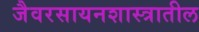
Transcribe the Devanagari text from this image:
जैवरसायनशास्त्रातील